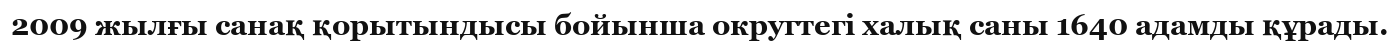
2009 жылғы санақ қорытындысы бойынша округтегі халық саны 1640 адамды құрады.